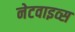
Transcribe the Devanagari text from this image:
नेटवाइव्स